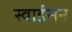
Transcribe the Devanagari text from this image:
स्वार्डसन